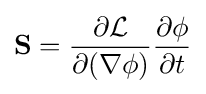
\mathbf {S} ={\frac {\partial {\mathcal {L}}}{\partial (\nabla \phi )}}{\frac {\partial \phi }{\partial t}}